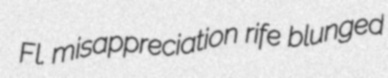
Fl. misappreciation rife blunged